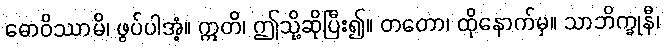
ဓောဝိဿာမိ၊ ဖွပ်ပါအံ့။ ဣတိ၊ ဤသို့ဆိုပြီး၍။ တတော၊ ထိုနောက်မှ။ သာဘိက္ခုနီ၊